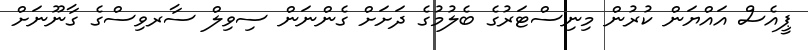
ޕީއެސް އައްޔަން ކުރުން މިނިސްޓަރުގެ ބެލުމުގެ ދަށަށް ގެންނަން ސިވިލް ސާރވިސްގެ ގާނޫނަށް